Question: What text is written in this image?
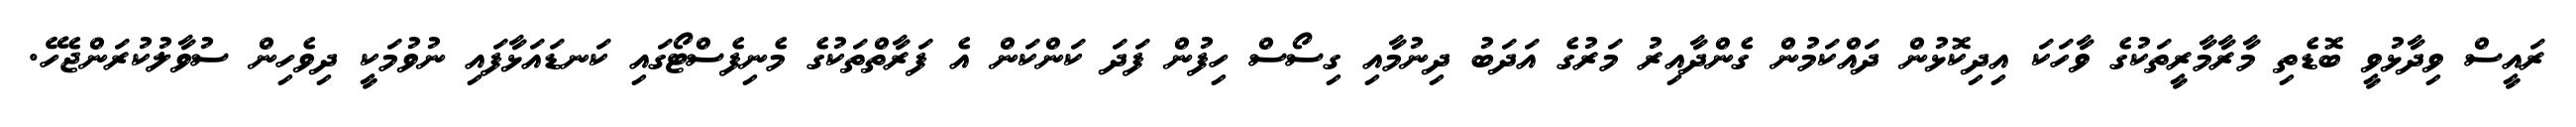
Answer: ރައީސް ވިދާޅުވީ ބޮޑެތި މާރާމާރީތަކުގެ ވާހަކަ އިދިކޮޅުން ދައްކަމުން ގެންދާއިރު މަރުގެ އަދަބު ދިނުމާއި ގިސޯސް ހިފުން ފަދަ ކަންކަން އެ ފަރާތްތަކުގެ މެނިފެސްޓޯގައި ކަނޑައަޅާފައި ނުވުމަކީ ދިވެހިން ސުވާލުކުރަންޖެހޭ.